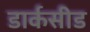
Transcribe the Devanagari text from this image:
डार्कसीड